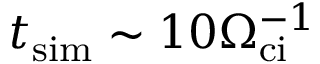
t _ { \mathrm { s i m } } \sim 1 0 \Omega _ { \mathrm { c i } } ^ { - 1 }